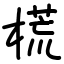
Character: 𣗄